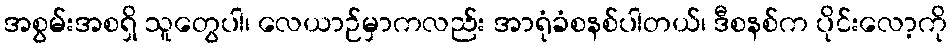
အစွမ်းအစရှိ သူတွေပါ၊ လေယာဉ်မှာကလည်း အာရုံခံစနစ်ပါတယ်၊ ဒီစနစ်က ပိုင်းလော့ကို